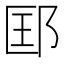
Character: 邼